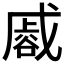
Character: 𮙏